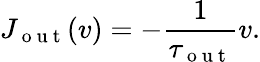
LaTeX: J_{\mathrm{~o~u~t~}}(v)=-\frac{1}{\tau_{\mathrm{~o~u~t~}}}v.